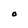
Character: O